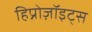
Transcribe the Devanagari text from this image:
हिप्नोज़ॉइट्स